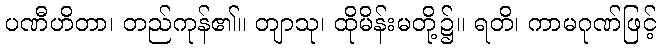
ပဏီဟိတာ၊ တည်ကုန်၏။ တျာသု၊ ထိုမိန်းမတို့၌။ ရတိ၊ ကာမဂုဏ်ဖြင့်